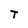
Character: t